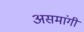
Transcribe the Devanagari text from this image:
असमांगी